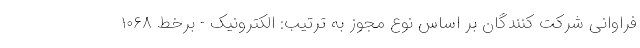
فراوانی شرکت کنندگان بر اساس نوع مجوز به ترتیب: الکترونیک - برخط ۱۰۶۸